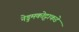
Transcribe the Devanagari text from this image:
नेडुमकोट्टाकडे